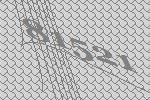
81521